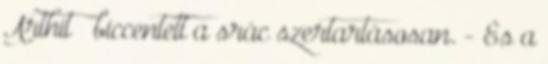
Arthit – biccentett a srác szertartásosan. - És a